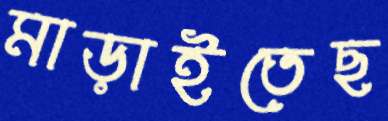
মাড়াইতেছ